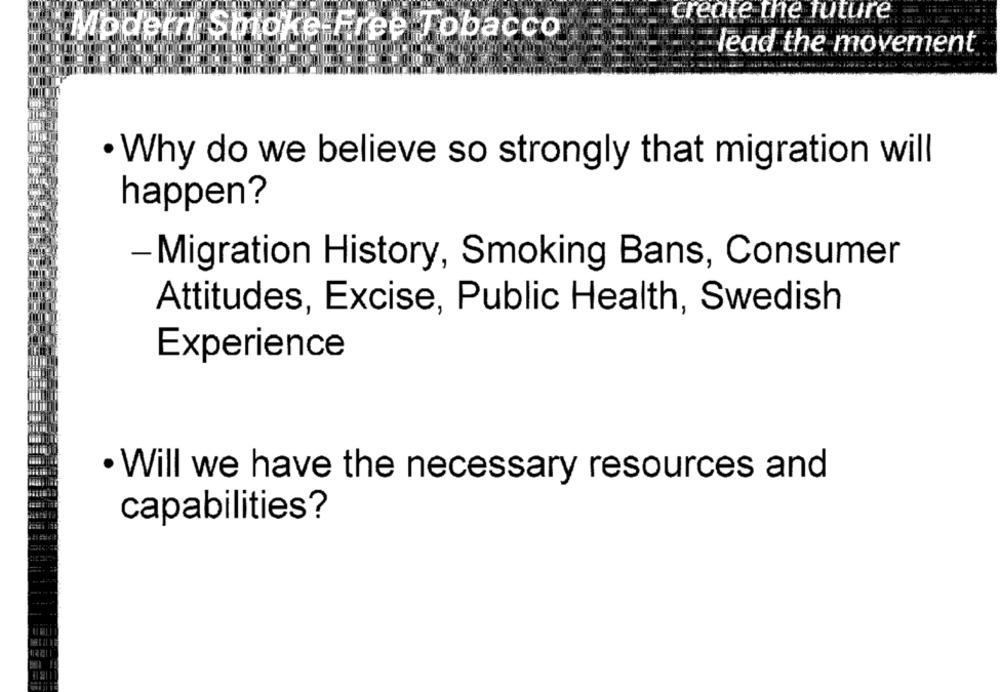
create the future
Modern Smoke Free Tobacco
lead the movement
· Why do we believe so strongly that migration will
happen?
- Migration History, Smoking Bans, Consumer
Attitudes, Excise, Public Health, Swedish
Experience
· Will we have the necessary resources and
capabilities?